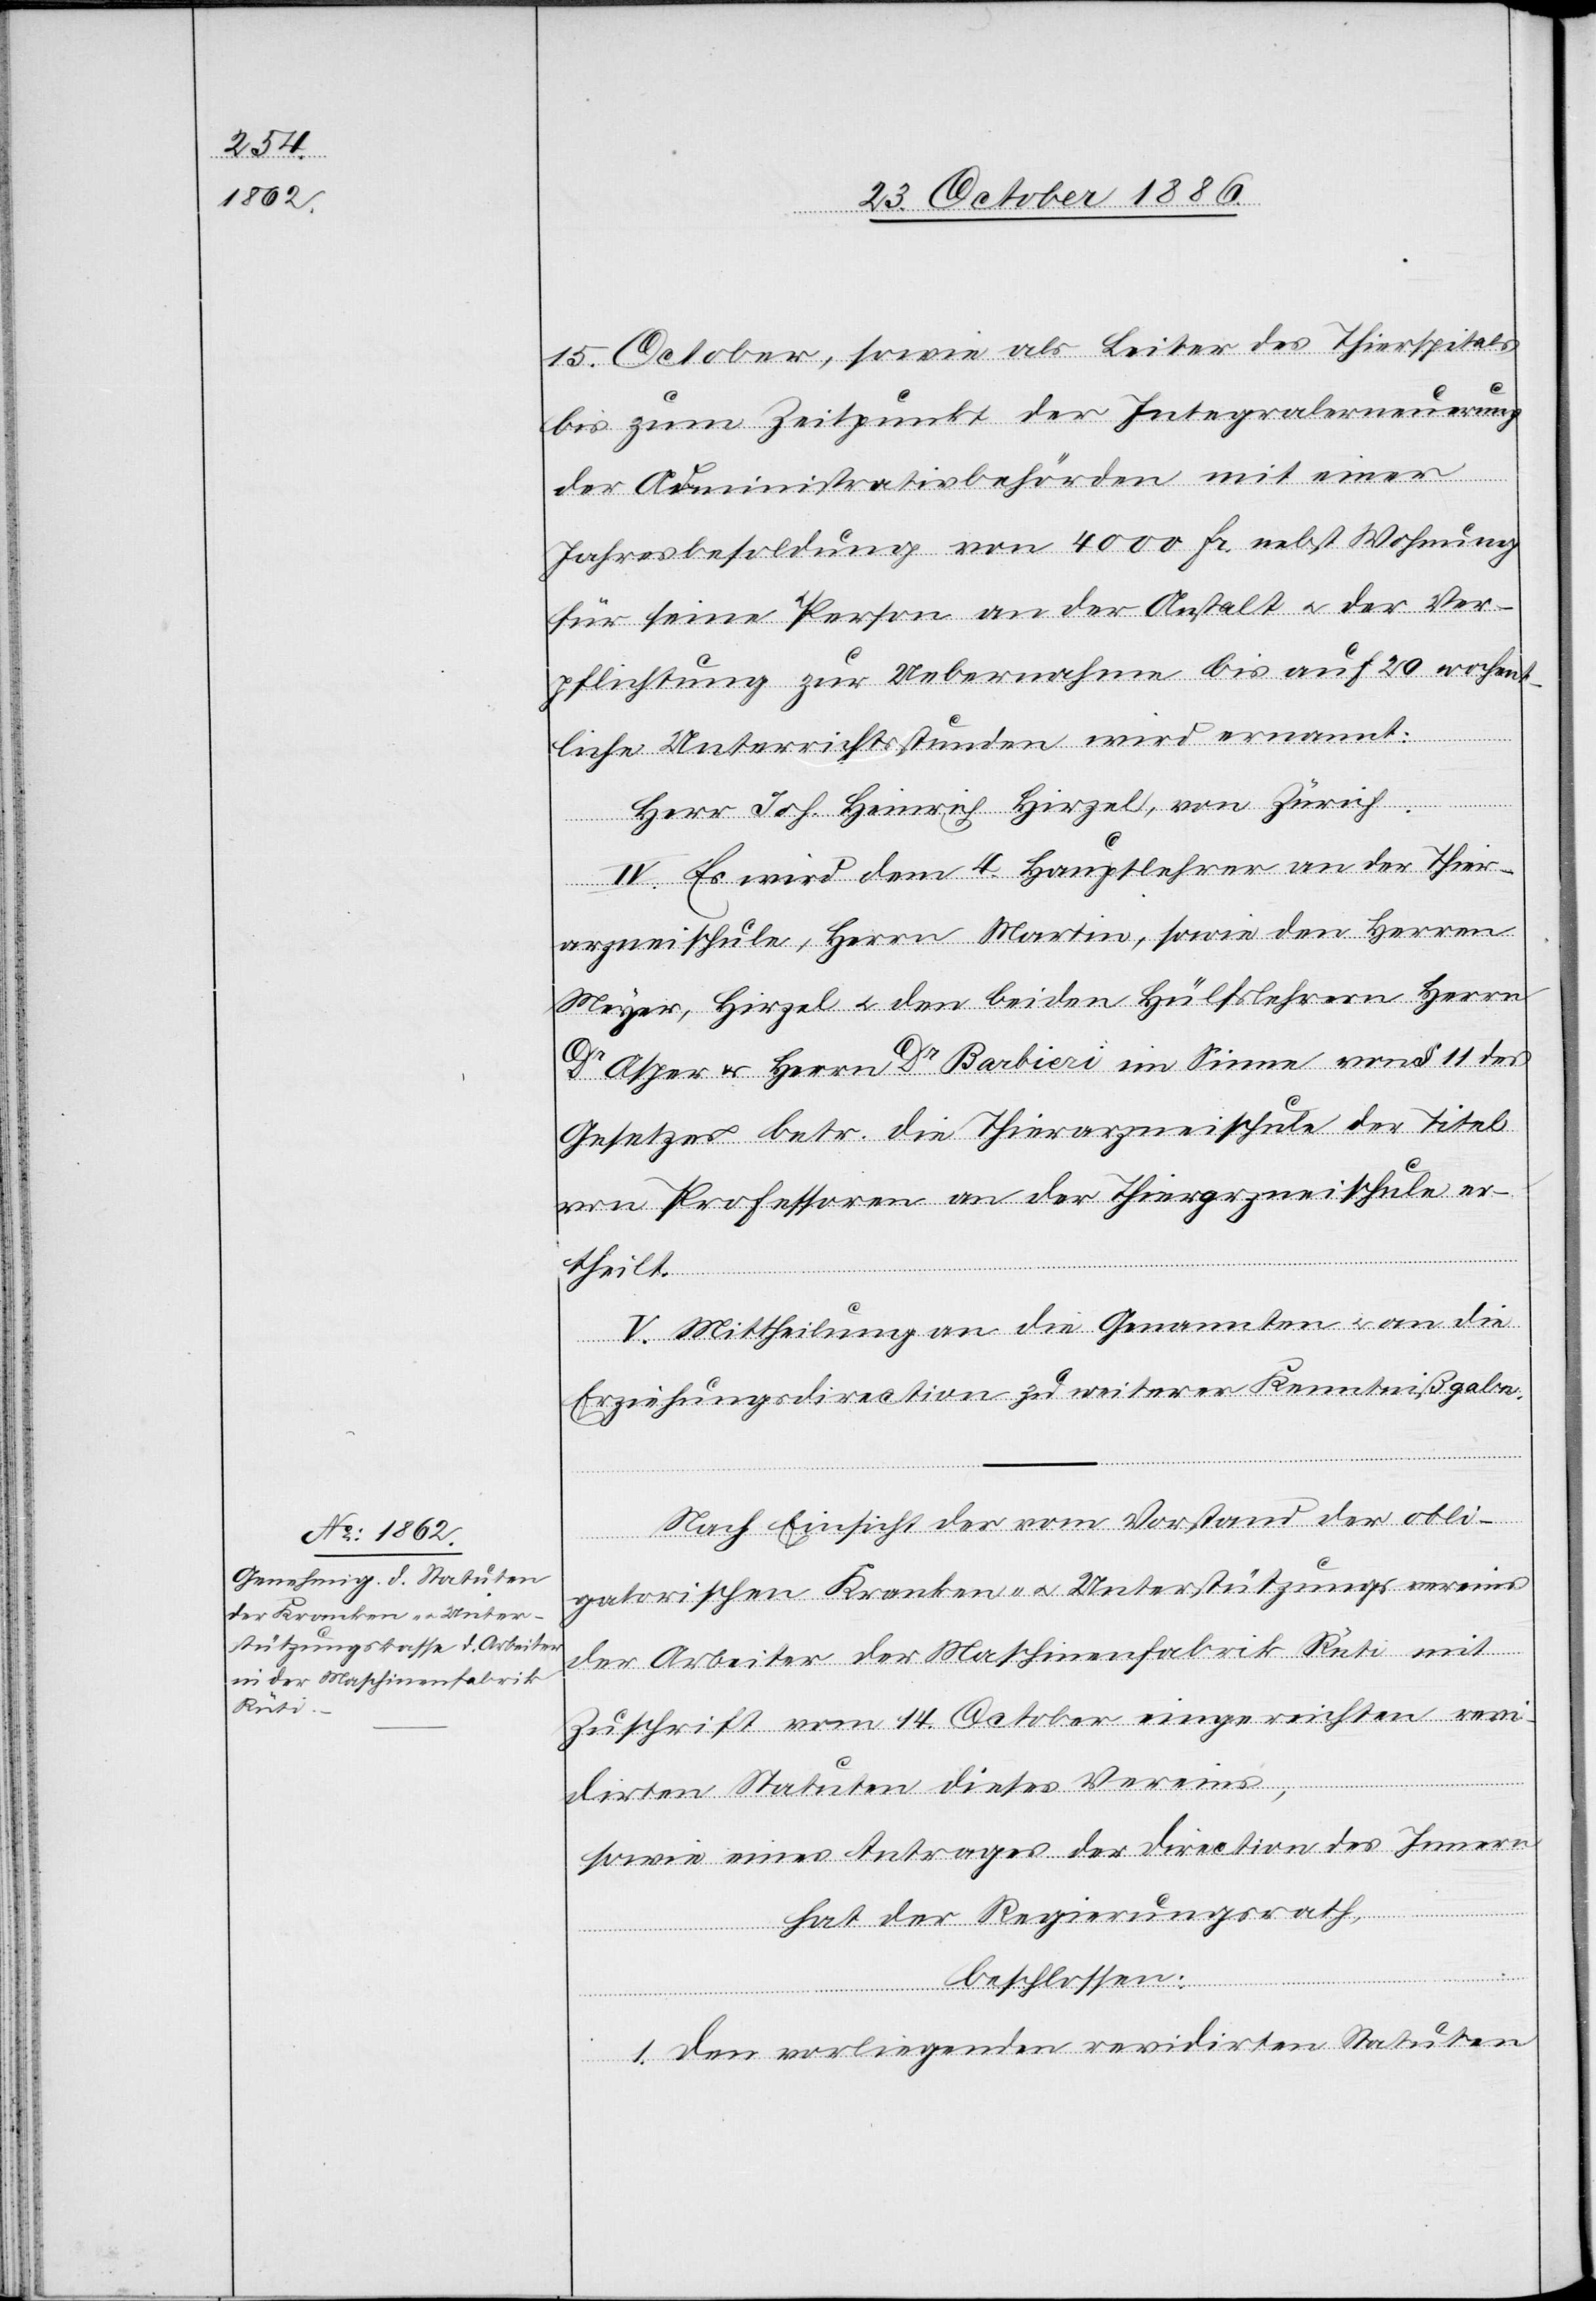
c!]

15. October, sowie als Leiter des Thierspitals
bis zum Zeitpunkt der Intergralerneuerung
der Administrativbehörden mit einer
Jahresbesoldung von 4000 Fr. nebst Wohnung
für seine Person an der Anstalt & der Ver¬
pflichtung zur Uebernahme bis auf 20 wochent¬
liche
[sic!] Unterrichtsstunden wird ernannt:
Herr Joh. Heinrich Hirzel, von Zürich.
IV. Es wird dem 4. Hauptlehrer an der Thier¬
obli¬
arzneischule, Herrn Martin, sowie den Herren
Meyer, Hirzel & den beiden Hülfslehrern Herrn
Dr Asper & Herrn Dr Barbieri im Sinne von § 11 des
Gesetzes betr. die Thierarzneischule der Titel
von Professoren an der Thierarzneischule er¬
theilt.
V. Mittheilung an die Genannten & an die
Erziehungsdirection zu weiterer Kenntnißgabe.
Nach Einsicht der vom Vorstand der [si¬
gatorischen Kranken- & Unterstützungsvereins
der Arbeiter der Maschinenfabrik Rüti mit
Zuschrift vom 14. October eingereichten revi¬
dirten Statuten dieses Vereins,
sowie eines Antrages der Direction des Innern
hat der Regierungsrath,
beschlossen:
1. Den vorliegenden revidirten Statuten